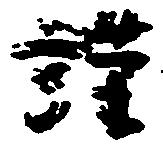
謹